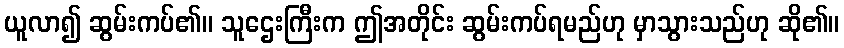
ယူလာ၍ ဆွမ်းကပ်၏။ သူဌေးကြီးက ဤအတိုင်း ဆွမ်းကပ်ရမည်ဟု မှာသွားသည်ဟု ဆို၏။